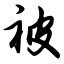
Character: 被